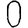
Digit: 0